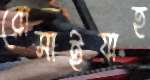
রোসাইয়াহ